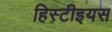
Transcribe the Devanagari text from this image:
हिस्टीइयस